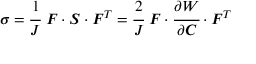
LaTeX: { \boldsymbol { \sigma } } = { \cfrac { 1 } { J } } ~ { \boldsymbol { F } } \cdot { \boldsymbol { S } } \cdot { \boldsymbol { F } } ^ { T } = { \cfrac { 2 } { J } } ~ { \boldsymbol { F } } \cdot { \cfrac { \partial W } { \partial { \boldsymbol { C } } } } \cdot { \boldsymbol { F } } ^ { T }